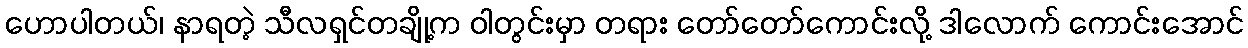
ဟောပါတယ်၊ နာရတဲ့ သီလရှင်တချို့က ဝါတွင်းမှာ တရား တော်တော်ကောင်းလို့ ဒါလောက် ကောင်းအောင်